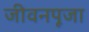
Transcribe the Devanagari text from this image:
जीवनपूजा